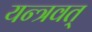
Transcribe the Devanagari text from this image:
यन्त्रवत्